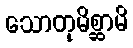
သောတုမိစ္ဆာမိ